Civil Veterinary Dept. North-West Frontier Province 1901-22 - 1901-1922
Year: 1901
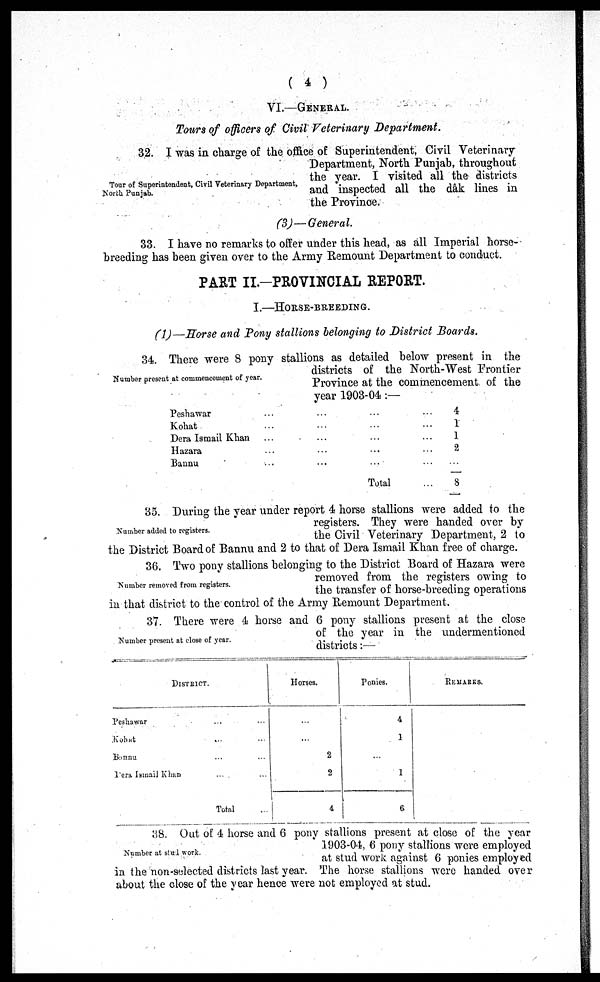
(4)
VI.—GENERAL.
Tours of officers of Civil Veterinary
Department.
Tour of Superintendent, Civil Veterinary Department,
North Punjab.
32. I was in charge of the office of Superintendent, Civil Veterinary
Department, North Punjab, throughout
the year. I visited all the districts
and inspected all the dâk lines in
the Province.
(3)—General.
33. I have no remarks to offer under this head, as all Imperial horse-
breeding has been given over to the Army Remount Department to conduct.
PART II.-PROVINCIAL REPORT.
I.—HORSE-BREEDING.
(1)—Horse and Pony stallions belonging to District Boards.
Number present at commencement of year.
34. There were 8 pony stallions as detailed below present in the
districts of the North-West Frontier
Province at the commencement of the
year 1903-04:—
Peshawar ... ... ... ...
Kohat ... ... ... ...
Dera Ismail Khan ... ... ... ...
Hazara ... ... ... ...
Bannu ... ... ... ...
Total ...
4
1
1
2
...
8
Number added to registers.
35. During the year under report 4 horse stallions were added to the
registers. They were handed over by
the Civil Veterinary Department, 2 to
the District Board of Bannu and 2 to that of Dera Ismail Khan free of charge.
Number removed from registers.
36. Two pony stallions belonging to the District Board of Hazara were
removed from the registers owing to
the transfer of horse-breeding operations
in that district to the control of the Army Remount Department.
Number present at close of year.
37. There were 4 horse and 6 pony stallions present at the close
of the year in the undermentioned
districts:—
DISTRICT.
Peshawar
Kohat
Bannu
Dera Ismail Khan
...
...
...
...
Total
...
...
...
...
...
Horses.
...
...
2
2
4
Ponies.
4
1
...
1
6
REMARKS.
Number at stud work.
38. Out of 4 horse and 6 pony stallions present at close of the year
1903-04, 6 pony stallions were employed
at stud work against 6 ponies employed
in the non-selected districts last year. The horse stallions were handed over
about the close of the year hence were not employed at stud.